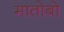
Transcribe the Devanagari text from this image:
मातोबो